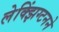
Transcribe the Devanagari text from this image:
लेक्झिंग्टनने